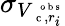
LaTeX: \sigma_{V_{\mathrm{~\small~c~},r_{i}}^{\mathrm{~\scriptsize~o~b~s~}}}